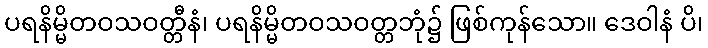
ပရနိမ္မိတဝသဝတ္တီနံ၊ ပရနိမ္မိတဝသဝတ္တဘုံ၌ ဖြစ်ကုန်သော။ ဒေဝါနံ ပိ၊